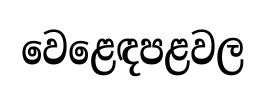
වෙළෙඳපළවල